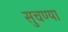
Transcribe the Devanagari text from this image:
सुचण्या